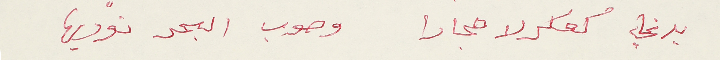
بدي كعكرلا حجارا  وصوب البحر نوديها